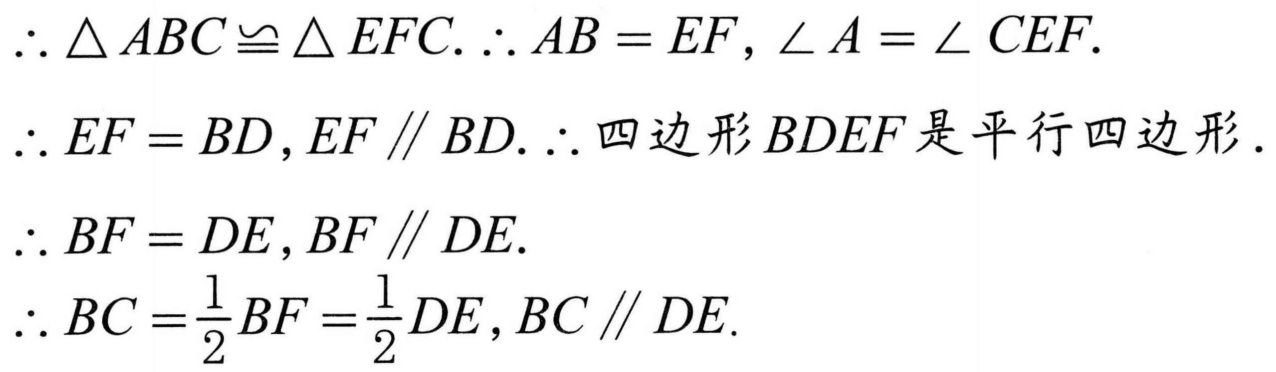
\(\begin{align*}
&\therefore \triangle ABC\cong\triangle EFC.\therefore AB = EF,\angle A=\angle CEF.\\
&\therefore EF = BD,EF\parallel BD.\therefore 四边形BDEF是平行四边形.\\
&\therefore BF = DE,BF\parallel DE.\\
&\therefore BC=\frac{1}{2}BF=\frac{1}{2}DE,BC\parallel DE.
\end{align*}\)